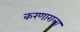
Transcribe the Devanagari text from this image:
करणाराला